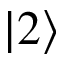
\lvert 2 \rangle